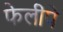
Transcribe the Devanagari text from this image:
फेलीपे